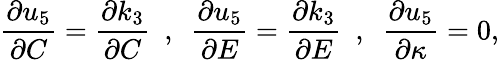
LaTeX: \frac{\partial u_{5}}{\partial C}=\frac{\partial k_{3}}{\partial C}~~,~~\frac{\partial u_{5}}{\partial E}=\frac{\partial k_{3}}{\partial E}~~,~~\frac{\partial u_{5}}{\partial\kappa}=0,